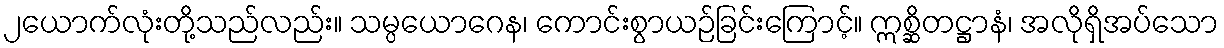
၂ယောက်လုံးတို့သည်လည်း။ သမ္ပယောဂေန၊ ကောင်းစွာယဉ်ခြင်းကြောင့်။ ဣစ္ဆိတဋ္ဌာနံ၊ အလိုရှိအပ်သော